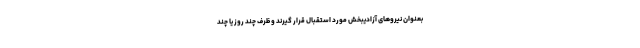
بعنوان نیروهای آزادیبخش مورد استقبال قرار گیرند و ظرف چند روز یا چند